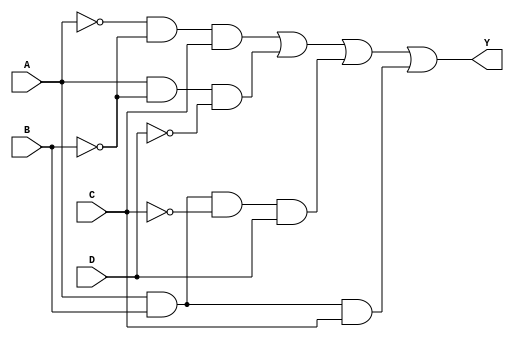
module combinational_logic_block (
    input wire A,
    input wire B,
    input wire C,
    input wire D,
    output wire Y
);

// Internal signals for minimized logic implementation
wire not_A, not_B, not_C, not_D;
wire term1, term2, term3, term4;

// Generate NOT gates for inputs
not (not_A, A);
not (not_B, B);
not (not_C, C);
not (not_D, D);

// Implementing the minimized logic expression
// Example minimized expression: Y = A'B'C + AB'D' + ABC'D + ABC
// This is just an example; the actual expression should be derived from K-map/Quine-McCluskey.
assign term1 = not_A & not_B & C;    // A'B'C
assign term2 = A & not_B & not_D;     // AB'D'
assign term3 = A & B & not_C & D;     // ABC'D
assign term4 = A & B & C;              // ABC

// Final output
assign Y = term1 | term2 | term3 | term4;

endmodule